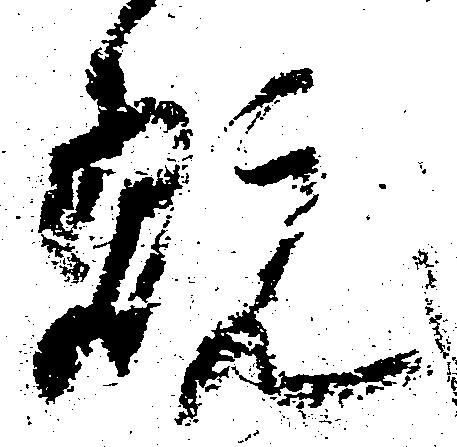
翫